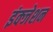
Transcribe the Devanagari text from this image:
इंक्जेशन